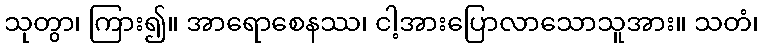
သုတွာ၊ ကြား၍။ အာရောစေနဿ၊ ငါ့အားပြောလာသောသူအား။ သတံ၊